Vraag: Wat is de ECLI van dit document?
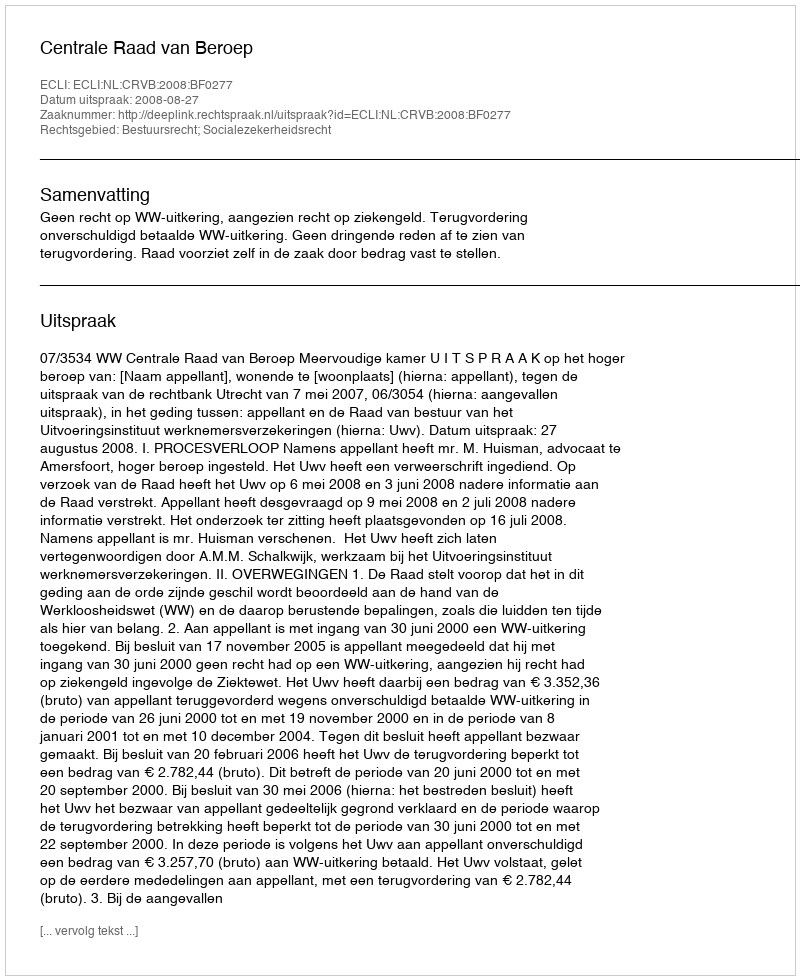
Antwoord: ECLI:NL:CRVB:2008:BF0277